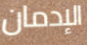
الإدمان